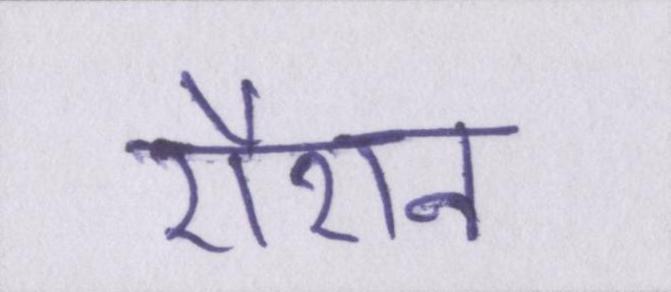
रौशन